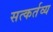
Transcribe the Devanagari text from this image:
सत्कर्तव्य